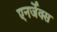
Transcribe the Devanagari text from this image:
एनर्जेक्स